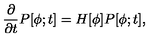
\frac { \partial } { \partial t } P [ \phi ; t ] = H [ \phi ] P [ \phi ; t ] ,